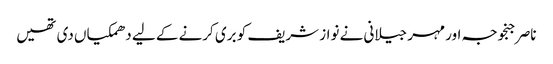
ناصر جنجوجہ اور مہر جیلانی نے نواز شریف کو بری کرنے کے لیے دھمکیاں دی تھیں